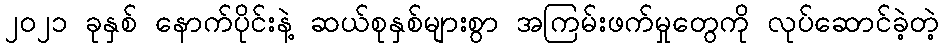
၂၀၂၁ ခုနှစ် နောက်ပိုင်းနဲ့ ဆယ်စုနှစ်များစွာ အကြမ်းဖက်မှုတွေကို လုပ်ဆောင်ခဲ့တဲ့